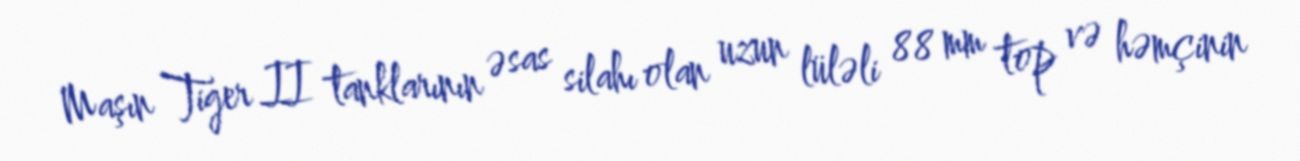
Maşın Tiger II tanklarının əsas silahı olan uzun lüləli 88 mm top və həmçinin